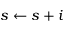
s \gets s + i